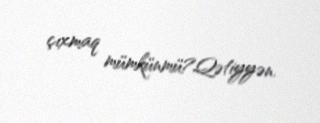
çıxmaq mümkünmü?Qətiyyən.